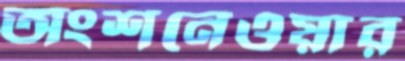
অংশনেওয়ার